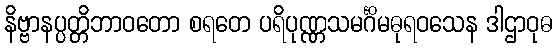
နိဗ္ဗာနပ္ပတ္တိဘာဝတော စရတေ ပရိပုဏ္ဏသမင်္ဂိမဓုရဝသေန ဒါဌာဝုဓ